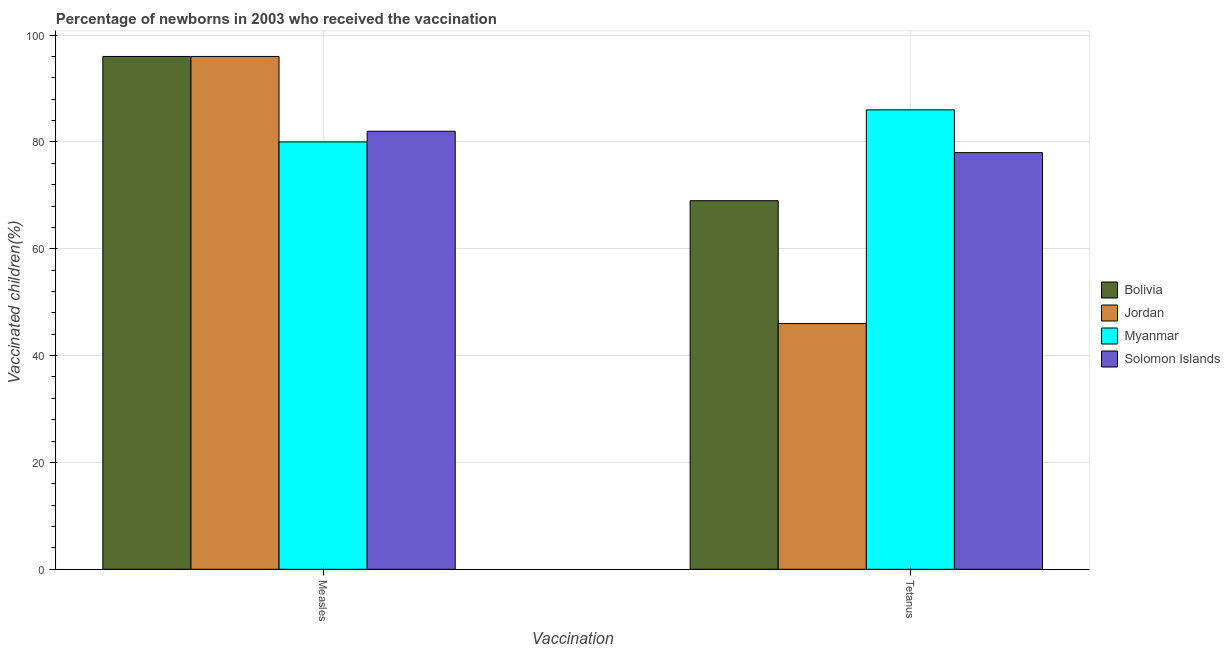
| Vaccination | Bolivia | Jordan | Myanmar | Solomon Islands |
 | --- | --- | --- | --- | --- |
 | Measles | 96 | 96 | 80 | 82 |
 | Tetanus | 69 | 46 | 86 | 78 |